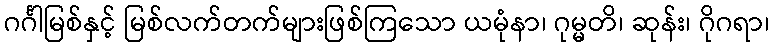
ဂင်္ဂါမြစ်နှင့် မြစ်လက်တက်များဖြစ်ကြသော ယမုံနာ၊ ဂုမ္မတိ၊ ဆုန်း၊ ဂိုဂရာ၊